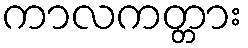
ကာလကတ္တား